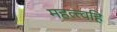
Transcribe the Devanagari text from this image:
महत्त्वहि